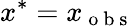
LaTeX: x^{*}=x_{\mathrm{~o~b~s~}}